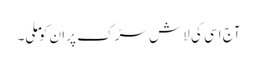
آج اسی کی لاش سڑک پر ان کو ملی۔